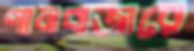
পানবাজারে